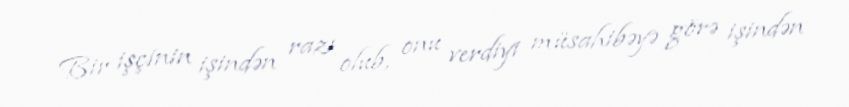
Bir işçinin işindən razı olub, onu verdiyi müsahibəyə görə işindən